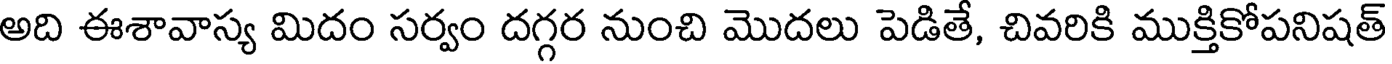
అది ఈశావాస్య మిదం సర్వం దగ్గర నుంచి మొదలు పెడితే, చివరికి ముక్తికోపనిషత్